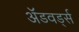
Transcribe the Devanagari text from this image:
ॲडवर्ड्स